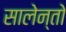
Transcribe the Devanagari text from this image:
सालेन्तो